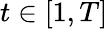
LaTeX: t\in[1,T]